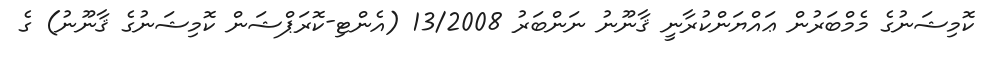
ކޮމިޝަނުގެ މެމްބަރުން ޢައްޔަންކުރާނީ ޤާނޫނު ނަންބަރު 13/2008 (އެންޓި-ކޮރަޕްޝަން ކޮމިޝަނުގެ ޤާނޫނު) ގެ